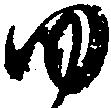
ゆ